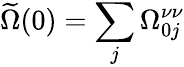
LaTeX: \widetilde\Omega(0)=\sum_{j}\Omega_{0j}^{\nu\nu}